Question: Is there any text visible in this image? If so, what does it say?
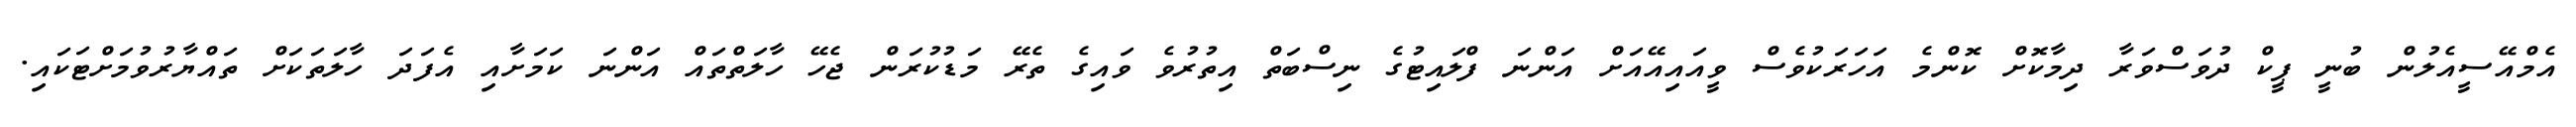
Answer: އެމްއޭސީއެލުން ބުނީ ޕީކް ދުވަސްވަރާ ދިމާކޮށް ކޮންމެ އަހަރަކުވެސް ވީއައިއޭއަށް އަންނަ ފްލައިޓުގެ ނިސްބަތް އިތުރުވެ ވައިގެ ތެރޭ މަޑުކުރަން ޖެހޭ ހާލަތްތައް އަންނަ ކަމަށާއި އެފަދަ ހާލަތަކަށް ތައްޔާރުވުމަށްޓަކައި.